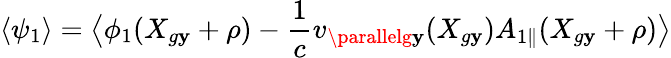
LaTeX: \left\langle\psi_{1}\right\rangle=\bigl\langle\phi_{1}(X_{g\mathbf{y}}+\rho)-\frac{{1}}{{c}}v_{\parallelg\mathbf{y}}(X_{g\mathbf{y}}){A}_{1\parallel}(X_{g\mathbf{y}}+\rho)\bigr\rangle